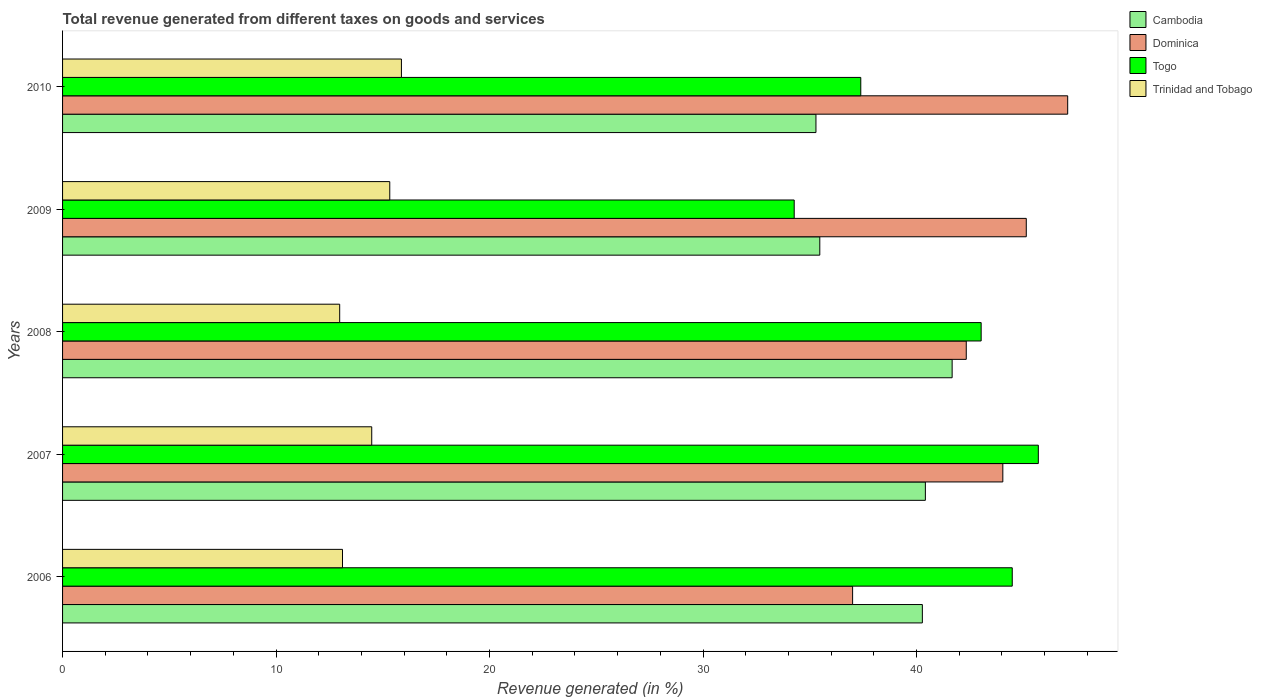
| Years | Cambodia | Dominica | Togo | Trinidad and Tobago |
 | --- | --- | --- | --- | --- |
 | 2006 | 40.3 | 37 | 44.5 | 13.1 |
 | 2007 | 40.4 | 44 | 45.7 | 14.5 |
 | 2008 | 41.7 | 42.3 | 43 | 13 |
 | 2009 | 35.5 | 45.1 | 34.3 | 15.3 |
 | 2010 | 35.3 | 47.1 | 37.4 | 15.9 |